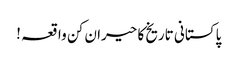
پاکستانی تاریخ کا حیران کن واقعہ !